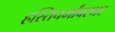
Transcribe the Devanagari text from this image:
हस्तिचर्मांबरधर